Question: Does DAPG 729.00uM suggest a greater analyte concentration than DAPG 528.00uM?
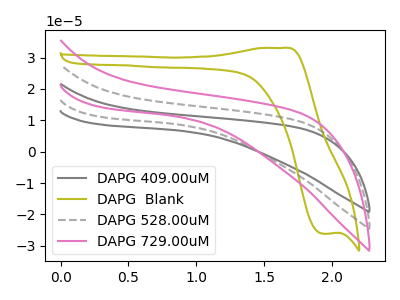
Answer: <think>The gray curve "DAPG 409.00uM" has no peaks. The olive curve "DAPG  Blank" has an anodic peak at (1.65V, 33.05uA) and a cathodic peak at (1.95V, -26.15uA). The gray dashed curve "DAPG 528.00uM" has no peaks. The pink curve "DAPG 729.00uM" has no peaks.
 Neither "DAPG 729.00uM" or "DAPG 528.00uM" have any peaks.</think>
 <answer>I cant tell if "DAPG 729.00uM" or "DAPG 528.00uM" has more signal.</answer>
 <eval>mixed_signal</eval>